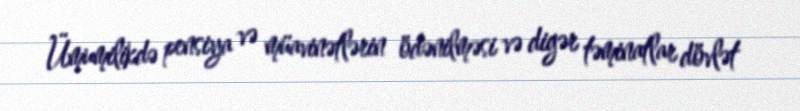
Ümumilikdə pensiya və müavinətlərin ödənilməsi və digər təminatlar dövlət